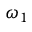
\omega _ { 1 }